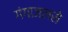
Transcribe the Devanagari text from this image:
गंगाजलसे